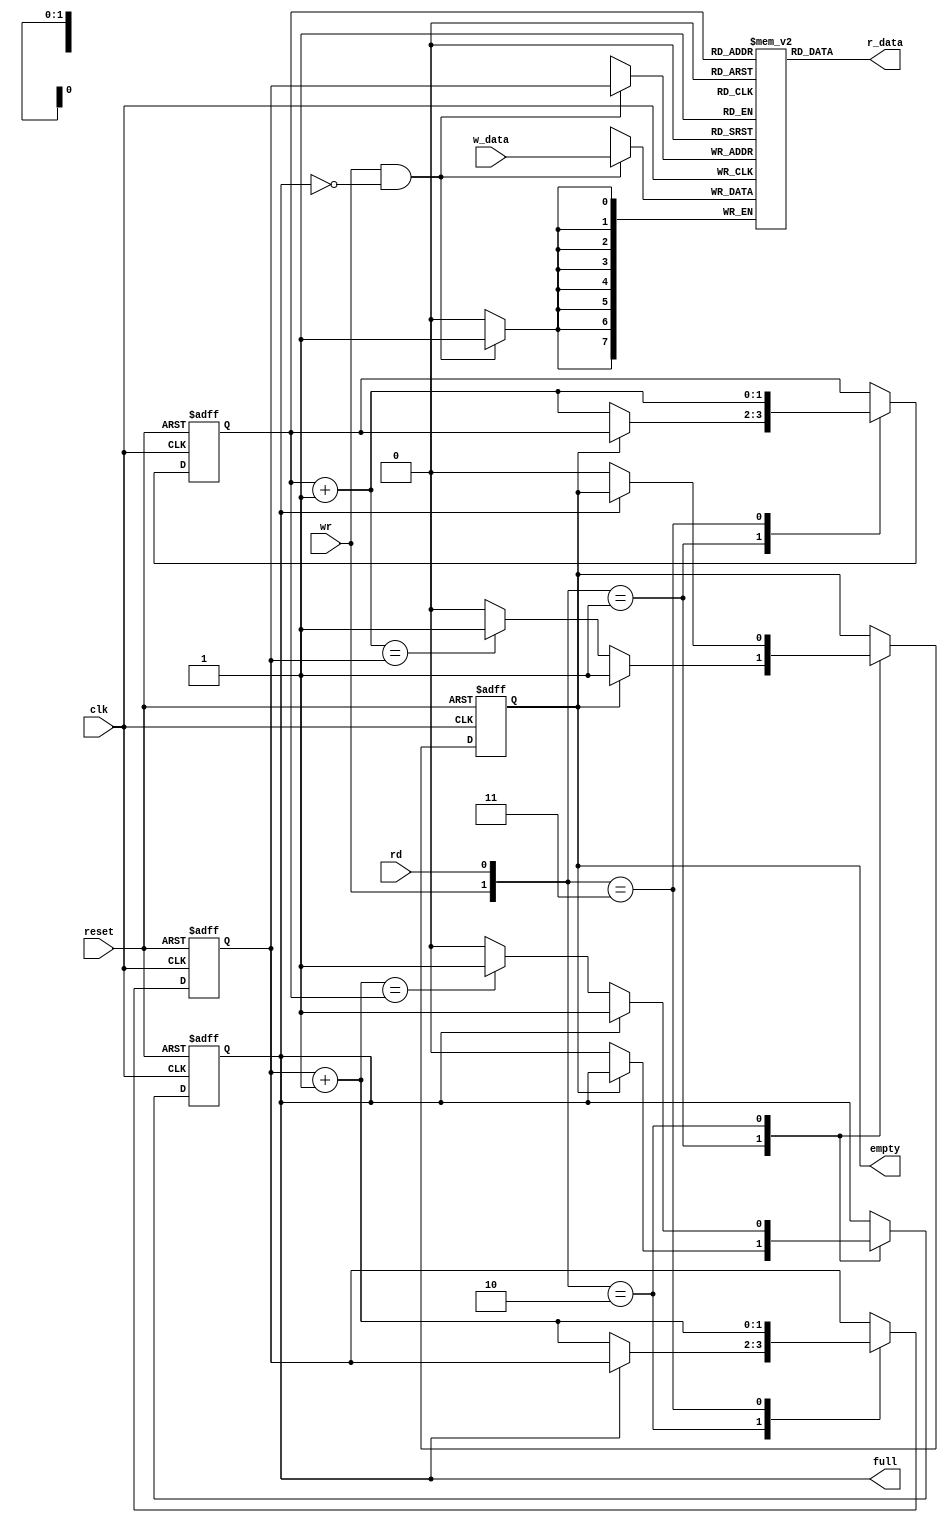
module fifo_m 
#(
	parameter 	B = 8,
				W = 2
)
(
input wire clk, reset,
			rd , wr,
input wire [B-1:0] w_data,

output wire empty, full,
output wire [B-1:0] r_data
);

// s i g n a l d e c l a r a t i o n
reg [B-1:0] array_reg [2**W-1:0] ; // r e g i s t e r a r r a y
reg [W-1:0] w_ptr_reg, 	w_ptr_next , w_ptr_succ;
reg [W-1:0] r_ptr_reg , r_ptr_next , r_ptr_succ ;

reg  full_reg, empty_reg, full_next, empty_next;
wire wr_en;


// write enable only if FIFO is not full
assign wr_en = wr & ~full_reg;

// body
// reg file write operation
always @ (posedge clk)
	if (wr_en)
		array_reg[w_ptr_reg] <= w_data;
		
// reg file read operation
assign r_data = array_reg [r_ptr_reg];



//fifo control logic
// regs for read and write pointers
always@ (posedge clk, posedge reset)
	if(reset) begin
		w_ptr_reg 	<= 0;
		r_ptr_reg 	<= 0;
		full_reg	<= 1'b0;
		empty_reg	<= 1'b1;	
	end
	
	else begin
		w_ptr_reg 	<= w_ptr_next;
		r_ptr_reg 	<= r_ptr_next;
		full_reg	<= full_next;
		empty_reg	<= empty_next;
	end

// next-state logic for read and write pointers	
always @* begin
	// succesive pointer values
	w_ptr_succ = w_ptr_reg + 1;
	r_ptr_succ = r_ptr_reg + 1;
	
	// default: keep old values
	w_ptr_next = w_ptr_reg;
	r_ptr_next = r_ptr_reg;
	
	full_next = full_reg;
	empty_next= empty_reg;
	
	case ({wr,rd})
		// 2'b00 : no operation
		2'b01: // read
			if (~empty_reg) begin // not empty
				r_ptr_next 	= r_ptr_succ;
				full_next	= 1'b0;
				if(r_ptr_succ == w_ptr_reg)
					empty_next = 1'b1;
			end
			
		2'b10: // write
			if (~full_reg) begin
				w_ptr_next = w_ptr_succ;
				empty_next = 1'b0;
				if (w_ptr_succ == r_ptr_reg)
					full_next = 1'b1;
			end
		
		2'b11: begin// write & read
			w_ptr_next = w_ptr_succ;
			r_ptr_next = r_ptr_succ;
		end		
		
	endcase

end



// output 
assign full = full_reg;
assign empty = empty_reg;


endmodule